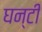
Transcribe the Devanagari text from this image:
घन्टी